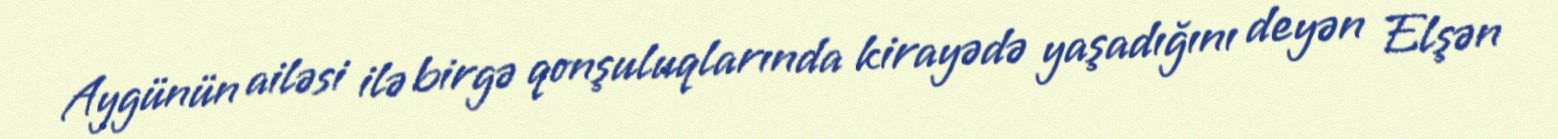
Aygünün ailəsi ilə birgə qonşuluqlarında kirayədə yaşadığını deyən Elşən